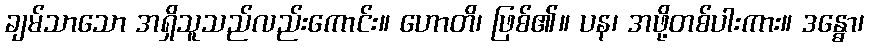
ချမ်သာသော အရှိသူသည်လည်းကောင်း။ ဟောတိ၊ ဖြစ်၏။ ပန၊ အဖို့တစ်ပါးကား။ ဒန္ဓော၊